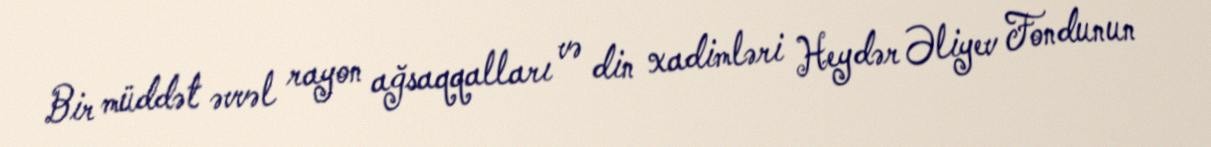
Bir müddət əvvəl rayon ağsaqqalları və din xadimləri Heydər Əliyev Fondunun